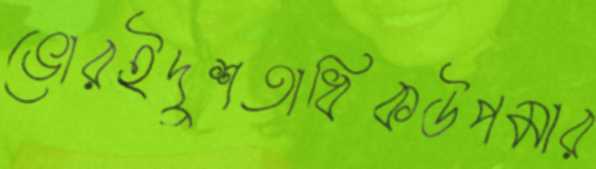
ভোরইদুশতাধিকউপমার